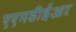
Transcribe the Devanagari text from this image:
एएमडीईआऱ